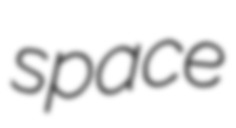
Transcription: space